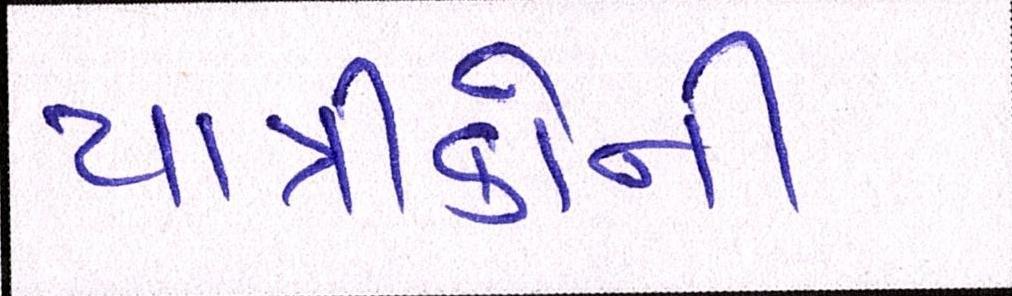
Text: યાત્રીકોની